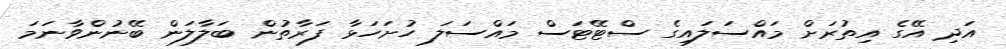
އަދި އޭގެ އިތުރަށް މައްސަލައިގެ ސްޓޭޓަސް މައްސަލަ ހުށަހަޅާ ފަރާތުން ބަލާލަން ބޭނުންވާނަމަ